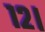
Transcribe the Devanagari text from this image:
१२।